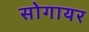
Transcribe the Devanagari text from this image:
सोगायर